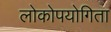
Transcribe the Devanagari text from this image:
लोकोपयोगिता